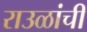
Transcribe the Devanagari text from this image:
राउळांची